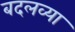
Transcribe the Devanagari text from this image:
बदलव्या